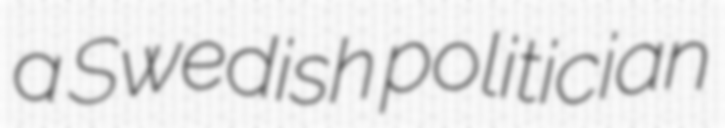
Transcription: a Swedish politician